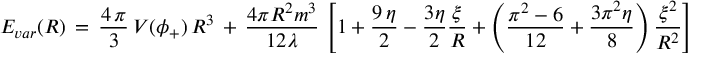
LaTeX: E _ { v a r } ( R ) \, = \, \frac { 4 \, \pi } { 3 } \, V ( \phi _ { + } ) \, R ^ { 3 } \, + \, { \frac { 4 \pi { R ^ { 2 } } { m ^ { 3 } } } { 1 2 \lambda } } \, \left[ 1 + \frac { 9 \, \eta } { 2 } - \frac { 3 \eta } { 2 } \frac { \xi } { R } + \left( \frac { \pi ^ { 2 } - 6 } { 1 2 } + \frac { 3 \pi ^ { 2 } \eta } { 8 } \right) \frac { \xi ^ { 2 } } { R ^ { 2 } } \right]